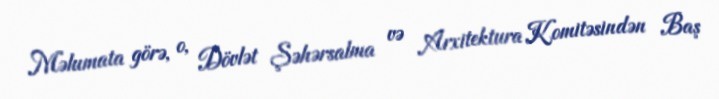
Məlumata görə, o, Dövlət Şəhərsalma və Arxitektura Komitəsindən Baş